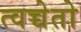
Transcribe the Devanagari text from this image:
त्वच्चेतो